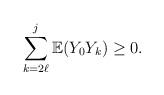
\begin{align*}\sum_{k=2\ell}^{j}\mathbb{E}(Y_{0}Y_{k})\geq0. \end{align*}